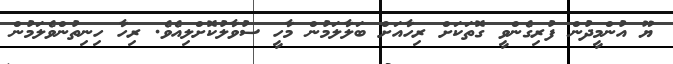
ޔޫ އުންމީދުން ފުރިގެންވީ ގޮތަކަށް ރިހާއަށް ބަލާލަމުން މާހީ ސުވާލުކޮށްލިއެވެ. ރިހާ ހިނިތުންވެލަމުން